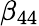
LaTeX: \beta_{44}